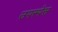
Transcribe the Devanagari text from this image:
उपस्पेस